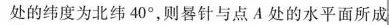
处的纬度为北纬40°，则器针与点A处的水平面所成